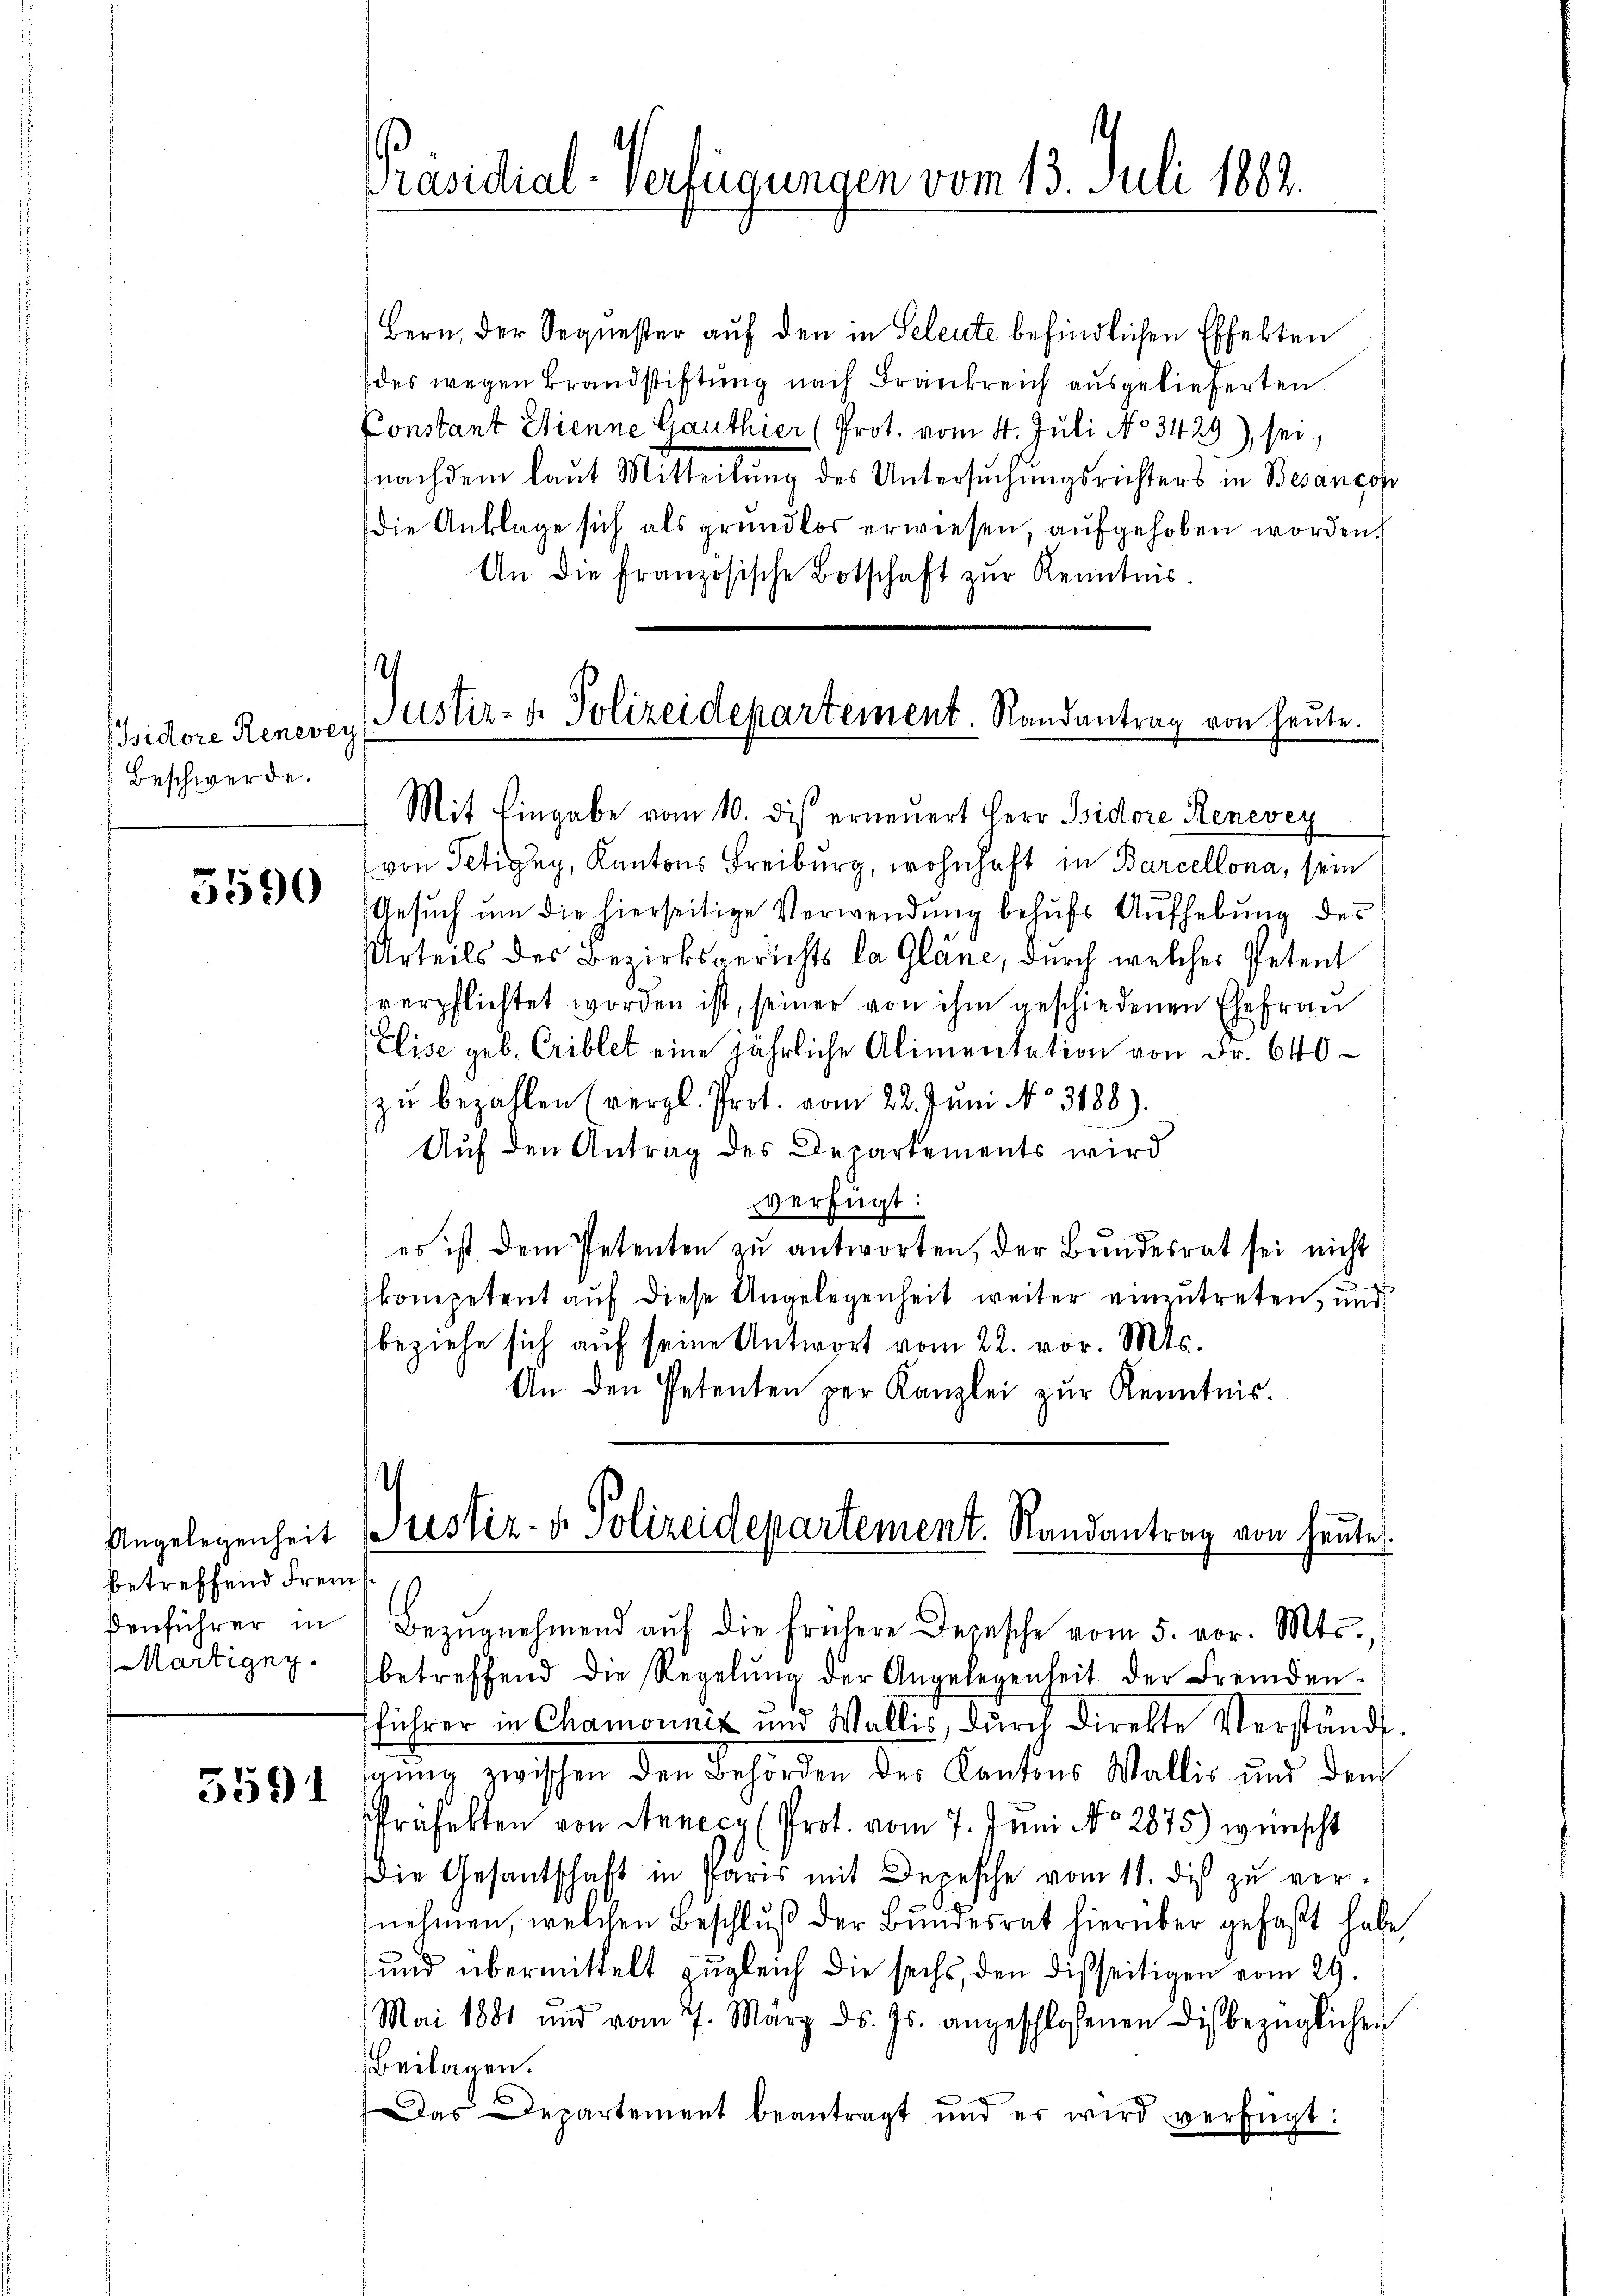
Isidore Renevey
Beschwerde.

5590

Angelegenheit
betreffend Fremenführer in

5591

Bern, der Sequester auf den in Seleute befindlichen Effekten
des wegen Brandstiftung nach Frankreich ausgelieferten
Constant Stienne Ganthier (Prot. vom 4. Juli No 3429), sei,
fnachdem laut Mitteilŭng des Untersŭchŭngsrichters in Besançon
Die Anklage sich als grundlos erwiesen, aufgehoben worden.
An die französische Botschaft zŭr Kenntnis.

Präsidial-Verfügungen vom 13. Juli 1889.

Justiz- & Polizeidepartement. Randantrag von heute.
Mit Eingabe vom 10. dis erneuert Herr Bidore Renevey

von Tehigny, Kantons Freiburg, wohnhaft in Barcellona, sein
Gesŭch ŭm die hierseitige Verwendung behŭfs Aufhebung des
Urteils des Bezirksgerichts la Gläne, durch welches Petent
sverpflichtet worden ist, seiner von ihm geschiedenen Ehefrau
Elise geb. Criblet eine jährliche Alimentation von Fr. 640
zŭ bezahlen (vergl. Prot. vom 22. Jŭni No 3188).
Auf den Antrag des Departements wird
verfügt:
es ist dem Petenten zu antworten, der Bundesrat sei nicht
kompetent auf diese Ungelegenheit weiter einzutreten, und
beziehe sich aŭf seine Antwort vom 22. vor. Mts.
An den Petenten per Kanzlei zur Kenntnis.

Justiz- & Polizeidepartement. Randantrag von heute.
e
Bezŭgnehmend auf die frühere Depesche vom 5. vor. Mts.,

Martigny. (betreffend die Regelŭng der Angelegenheit der Fremden-
fführer in Chamounit und Wallis, durch direkte Verständiigung zwischen den Behörden des Kantons Wallis und dem
d
Präfekten von Annecz (Prot. vom 7. Juni No 2873) wünscht
Die Gesantschaft in Paris mit Depesche vom 11. des zu ver-
nehmen, welchen Beschluß der Bundesrat hierüber gefaßt habe,
und übermittelt zugleich die sechs, den dießseitigen vom 29.
Mai 1881 und vom 7. März ds. Js. angeschlossenen Dis bezüglichen
Beilagen.
Das Departement beantragt und er wird verfügt: